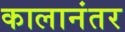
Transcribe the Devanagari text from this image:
कालानंतर